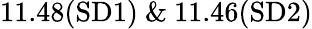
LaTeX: \mathrm{{11.48(SD1)~\& ~11.46(SD2)}}